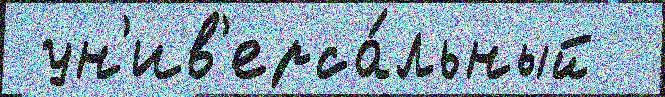
 ун'ив'ерса́льный